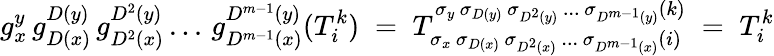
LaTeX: g_{x}^{y}\, g_{D(x)}^{D(y)}\, g_{D^{2}(x)}^{D^{2}(y)}\, ...\, g_{D^{m-1}(x)}^{D^{m-1}(y)}(T_{i}^{k})\; =\; T_{\sigma_{x}\, \sigma_{D(x)}\, \sigma_{D^{2}(x)}\, ...\, \sigma_{D^{m-1}(x)}(i)}^{\sigma_{y}\, \sigma_{D(y)}\, \sigma_{D^{2}(y)}\, ...\, \sigma_{D^{m-1}(y)}(k)}\; =\; T_{i}^{k}